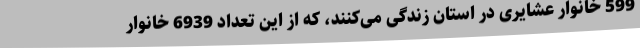
599 خانوار عشایری در استان زندگی می‌کنند، که از این تعداد 6939 خانوار